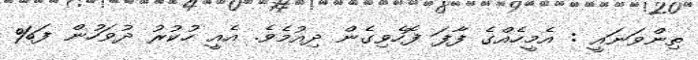
ތިންވަނައީ : އެމީހެއްގެ ފާފަ ފޮހެވިގެން ދިއުމެވެ. އެއީ ހުކުރު ދުވަހުން ފަ%